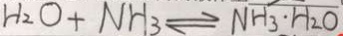
H _ { 2 } O + N H _ { 3 } \rightleftharpoons N H _ { 3 } \cdot H _ { 2 } O